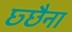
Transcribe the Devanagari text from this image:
छ्छैना